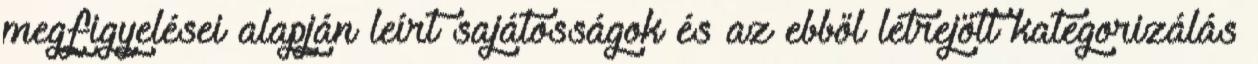
megfigyelései alapján leírt sajátosságok és az ebből létrejött kategorizálás